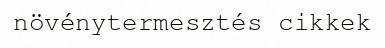
növénytermesztés cikkek